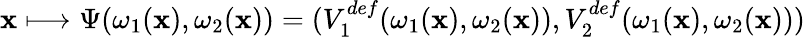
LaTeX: \mathbf{x}\longmapsto\Psi(\omega_{1}(\mathbf{x}),\omega_{2}(\mathbf{x}))=(V_{1}^{def}(\omega_{1}(\mathbf{x}),\omega_{2}(\mathbf{x})),V_{2}^{def}(\omega_{1}(\mathbf{x}),\omega_{2}(\mathbf{x})))